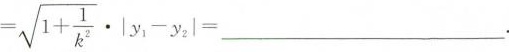
\sqrt { 1 + \frac { 1 } { k ^ { 2 } } } \cdot | y _ { 1 } - y _ { 2 } | = ___$$.